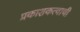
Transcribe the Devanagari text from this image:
प्रकाशकत्वाची